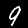
Label: 9